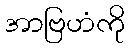
အာဗြဟံကို